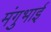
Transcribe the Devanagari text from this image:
मंगुभाई